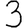
Digit: 3